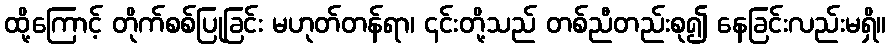
ထို့ကြောင့် တိုက်စစ်ပြုခြင်း မဟုတ်တန်ရာ၊ ၎င်းတို့သည် တစ်ညီတည်းစု၍ နေခြင်းလည်းမရှိ။